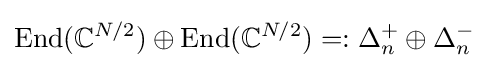
\mathrm {End} (\mathbb {C} ^{N/2})\oplus \mathrm {End} (\mathbb {C} ^{N/2})=:\Delta _{n}^{+}\oplus \Delta _{n}^{-}